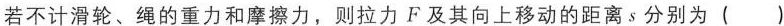
若不计滑轮、绳的重力和摩擦力，则拉力F及其向上移动的距离s分别为( )